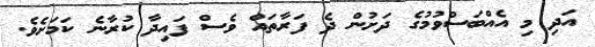
އަދި މި އެއްބަސްވުމުގެ ދަށުން ދެ ފަރާތައް ވެސް ފައިދާ ކުރާނެ ކަމަށެވެ.